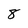
Character: 8